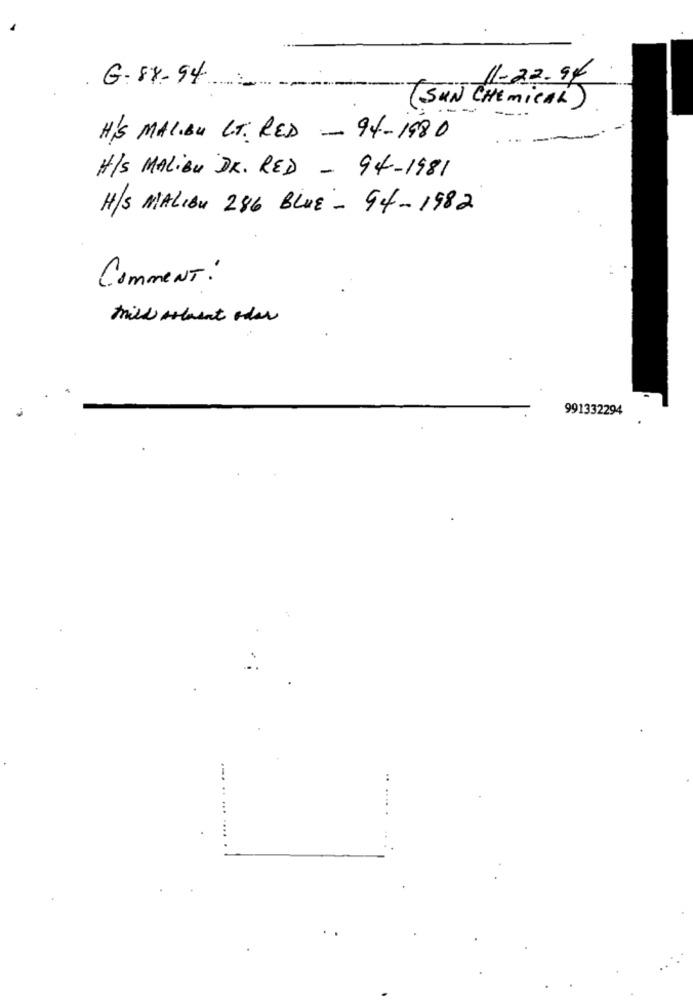
G-88-94
11-22.94
(SUN CHEMICAL)
--
H'S MAL.BU LT. RED - 94-1980
H/S MALIBU DR. RED - 94-1981
H/S MALIBU 286 BLUE - 94-1982
CommeNT:
mill Atlasat oder
991332294